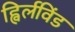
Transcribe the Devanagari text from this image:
ह्विर्लविंड